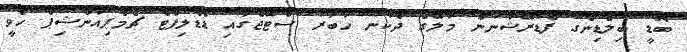
ބޮޑީ ބިލްޑިންގ ފެޑެރޭޝަނުން މާލޭގެ ދެކުނު ހާބަރު ސްޓޭޖްގައި ޑެޑްލިފްޓް ޗެމްޕިއަންޝިޕް ހެވީ